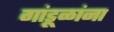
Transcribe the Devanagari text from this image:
गांडूळांना